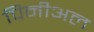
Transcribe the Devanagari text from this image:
पिनीअल